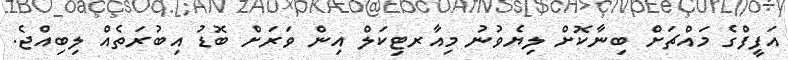
އަފީފްގެ މައްޗަށް ބިނާކޮށް ލިޔެވުނު މިއާރޓިކަލް އިން ވަރަށް ބޮޑު އިބުރަތެއް ލިބިއްޖެ.